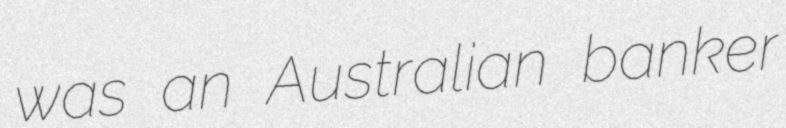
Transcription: was an Australian banker